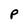
Character: P